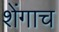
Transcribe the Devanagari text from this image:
शेंगाच